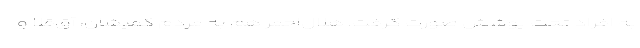
به افراد تحت پوشش صورت گرفت. هلال‌احمر هم به مردم گمیشان، آق‌قلا و